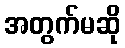
အတွက်မဆို